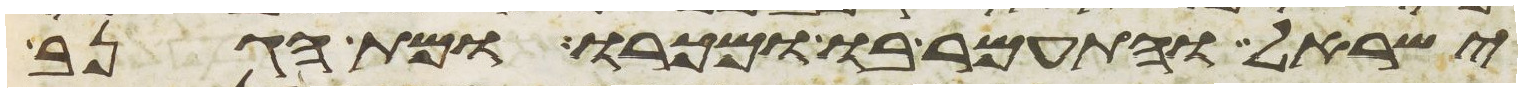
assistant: ישראל והתעמר בו ומכרו ומת הגנב